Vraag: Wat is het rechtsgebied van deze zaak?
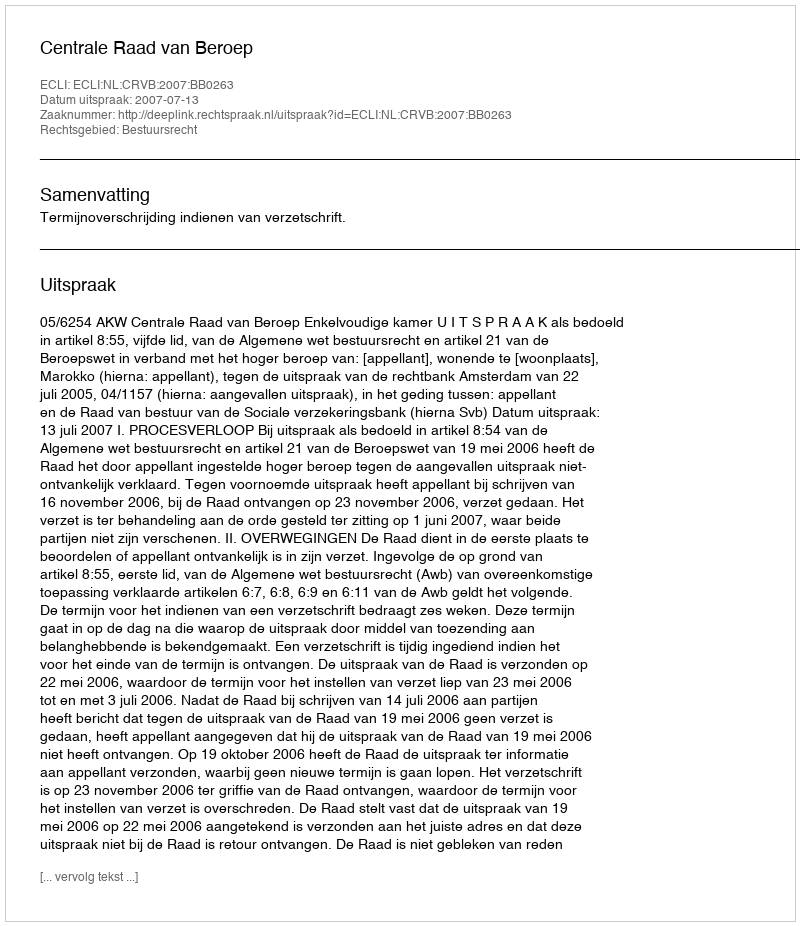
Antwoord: Bestuursrecht